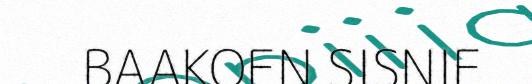
BAAKOEN SISNIE